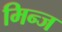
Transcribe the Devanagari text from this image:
मिन्ज